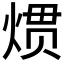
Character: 𱫜